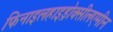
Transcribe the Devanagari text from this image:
फिनाइलहाइड्रोक्सीलएमीन